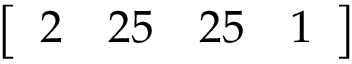
\left[ \begin{array} { l l l l } { 2 } & { 2 5 } & { 2 5 } & { 1 } \end{array} \right]